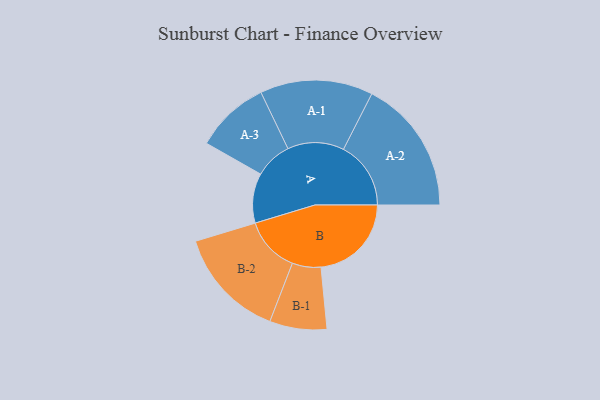
{"axis": {"x": "Segment", "y": "Value"}, "legend": ["", "A", "B"], "data": [{"x": "A", "y": 186, "type": ""}, {"x": "B", "y": 338, "type": ""}, {"x": "A-1", "y": 211, "type": "A"}, {"x": "A-2", "y": 252, "type": "A"}, {"x": "A-3", "y": 139, "type": "A"}, {"x": "B-1", "y": 107, "type": "B"}, {"x": "B-2", "y": 208, "type": "B"}]}